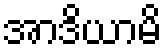
အာဒိယာမိ